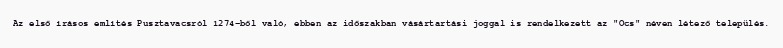
Az első írásos említés Pusztavacsról 1274-ből való, ebben az időszakban vásártartási joggal is rendelkezett az "Ocs" néven létező település.